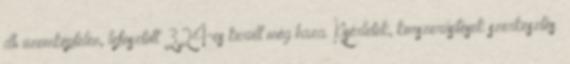
db üzemképtelen, lefosztott 324-es került még haza. Kísérletek, korszerűsítések szerkesztés